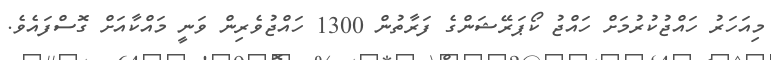
މިއަހަރު ހައްޖުކުރުމަށް ހައްޖު ކޯޕަރޭޝަންގެ ފަރާތުން 1300 ހައްޖުވެރިން ވަނީ މައްކާއަށް ގޮސްފައެވެ.